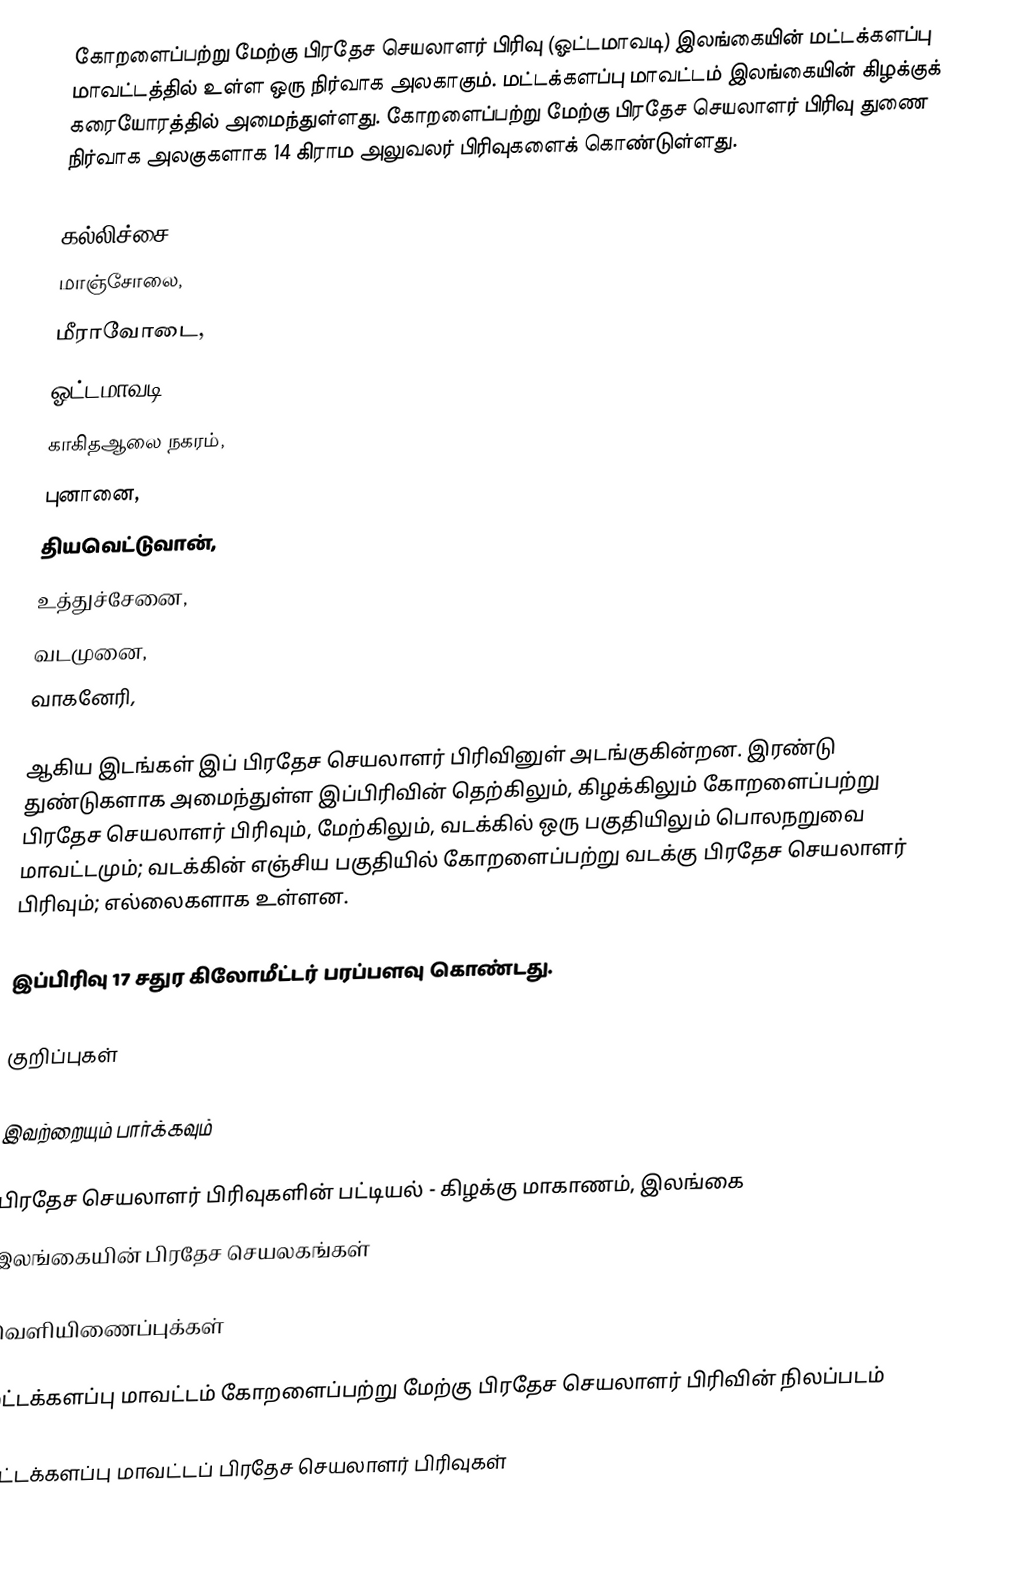
கோறளைப்பற்று மேற்கு பிரதேச செயலாளர் பிரிவு (ஓட்டமாவடி) இலங்கையின் மட்டக்களப்பு மாவட்டத்தில் உள்ள ஒரு நிர்வாக அலகாகும். மட்டக்களப்பு மாவட்டம் இலங்கையின் கிழக்குக் கரையோரத்தில் அமைந்துள்ளது. கோறளைப்பற்று மேற்கு பிரதேச செயலாளர் பிரிவு துணை நிர்வாக அலகுகளாக 14 கிராம அலுவலர் பிரிவுகளைக் கொண்டுள்ளது.

 கல்லிச்சை,
 மாஞ்சோலை,
 மீராவோடை,
 ஓட்டமாவடி,
 காகிதஆலை நகரம்,
 புனானை,
 தியவெட்டுவான்,
 உத்துச்சேனை,
 வடமுனை,
 வாகனேரி,

ஆகிய இடங்கள் இப் பிரதேச செயலாளர் பிரிவினுள் அடங்குகின்றன. இரண்டு துண்டுகளாக அமைந்துள்ள இப்பிரிவின் தெற்கிலும், கிழக்கிலும் கோறளைப்பற்று பிரதேச செயலாளர் பிரிவும், மேற்கிலும், வடக்கில் ஒரு பகுதியிலும் பொலநறுவை மாவட்டமும்; வடக்கின் எஞ்சிய பகுதியில் கோறளைப்பற்று வடக்கு பிரதேச செயலாளர் பிரிவும்; எல்லைகளாக உள்ளன.

இப்பிரிவு 17 சதுர கிலோமீட்டர் பரப்பளவு கொண்டது.

குறிப்புகள்

இவற்றையும் பார்க்கவும்

 பிரதேச செயலாளர் பிரிவுகளின் பட்டியல் - கிழக்கு மாகாணம், இலங்கை
 இலங்கையின் பிரதேச செயலகங்கள்

வெளியிணைப்புக்கள்

 மட்டக்களப்பு மாவட்டம் கோறளைப்பற்று மேற்கு பிரதேச செயலாளர் பிரிவின் நிலப்படம்

மட்டக்களப்பு மாவட்டப் பிரதேச செயலாளர் பிரிவுகள்